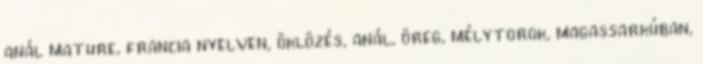
anál mature, francia nyelven, öklözés, anál, öreg, mélytorok, magassarkúban,